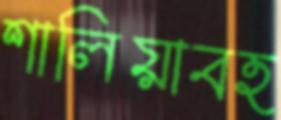
শালিয়াবহ